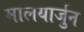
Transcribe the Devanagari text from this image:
मालयार्जुन